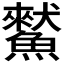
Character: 𩻜